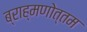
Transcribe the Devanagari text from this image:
ब्राह्मणोत्तम